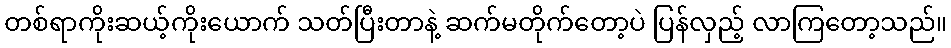
တစ်ရာကိုးဆယ့်ကိုးယောက် သတ်ပြီးတာနဲ့ ဆက်မတိုက်တော့ပဲ ပြန်လှည့် လာကြတော့သည်။